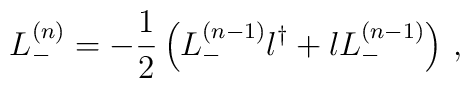
L_-^{(n)} =-\frac 12 \left( L_-^{(n-1)}l^\dag +lL_-^{(n-1)} \right)\, ,